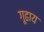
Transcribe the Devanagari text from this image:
गूढाय